Indian journal of veterinary science and animal husbandry - Volume 1,
Year: 1931
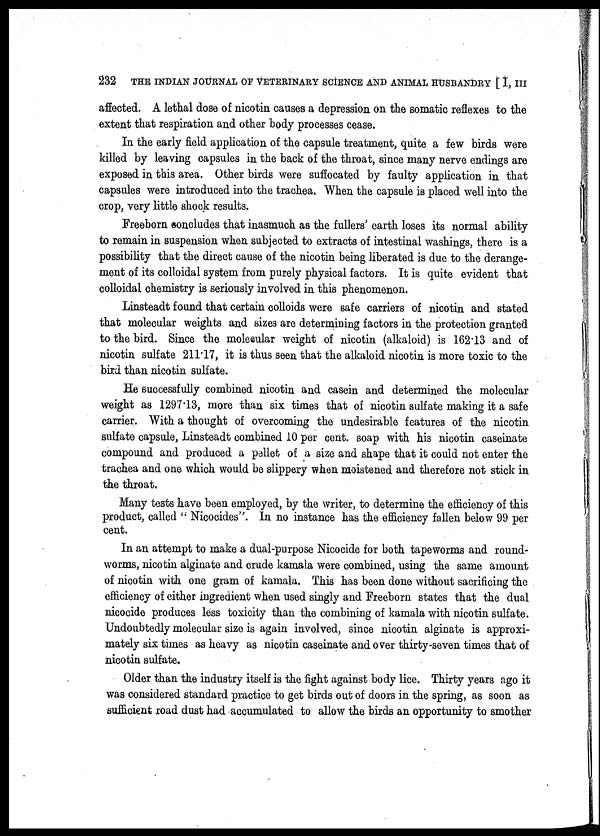
232 THE INDIAN JOURNAL OF VETERINARY SCIENCE AND ANIMAL HUSBANDRY [ I, III
affected. A lethal dose of nicotin causes a depression on the somatic reflexes to the
extent that respiration and other body processes cease.
In the early field application of the capsule treatment, quite a few birds were
killed by leaving capsules in the back of the throat, since many nerve endings are
exposed in this area. Other birds were suffocated by faulty application in that
capsules were introduced into the trachea. When the capsule is placed well into the
crop, very little shock results.
Freeborn concludes that inasmuch as the fullers' earth loses its normal ability
to remain in suspension when subjected to extracts of intestinal washings, there is a
possibility that the direct cause of the nicotin being liberated is due to the derange-
ment of its colloidal system from purely physical factors. It is quite evident that
colloidal chemistry is seriously involved in this phenomenon.
Linsteadt found that certain colloids were safe carriers of nicotin and stated
that molecular weights and sizes are determining factors in the protection granted
to the bird. Since the molecular weight of nicotin (alkaloid) is 162.13 and of
nicotin sulfate 211.17, it is thus seen that the alkaloid nicotin is more toxic to the
bird than nicotin sulfate.
He successfully combined nicotin and casein and determined the molecular
weight as 1297.13, more than six times that of nicotin sulfate making it a safe
carrier. With a thought of overcoming the undesirable features of the nicotin
sulfate capsule, Linsteadt combined 10 per cent. soap with his nicotin caseinate
compound and produced a pellet of a size and shape that it could not enter the
trachea and one which would be slippery when moistened and therefore not stick in
the throat.
Many tests have been employed, by the writer, to determine the efficiency of this
product, called " Nicocides". In no instance has the efficiency fallen below 99 per
cent.
In an attempt to make a dual-purpose Nicocide for both tapeworms and round-
worms, nicotin alginate and crude kamala were combined, using the same amount
of nicotin with one gram of kamala. This has been done without sacrificing the
efficiency of either ingredient when used singly and Freeborn states that the dual
nicocide produces less toxicity than the combining of kamala with nicotin sulfate.
Undoubtedly molecular size is again involved, since nicotin alginate is approxi-
mately six times as heavy as nicotin caseinate and over thirty-seven times that of
nicotin sulfate.
Older than the industry itself is the fight against body lice. Thirty years ago it
was considered standard practice to get birds out of doors in the spring, as soon as
sufficient road dust had accumulated to allow the birds an opportunity to smother